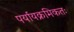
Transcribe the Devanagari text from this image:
पर्यायक्रमिकतः